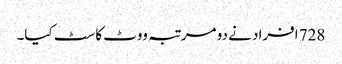
728 افراد نے دو مرتبہ ووٹ کاسٹ کیا۔